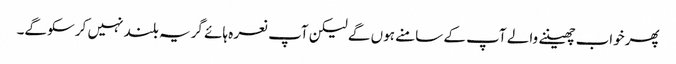
پھرخواب چھیننے والے آپ کے سامنے ہوں گے لیکن آپ نعرہ ہائے گریہ بلند نہیں کرسکو گے۔